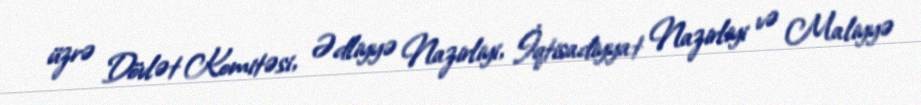
üzrə Dövlət Komitəsi, Ədliyyə Nazirliyi, İqtisadiyyat Nazirliyi və Maliyyə